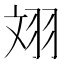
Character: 𦐑